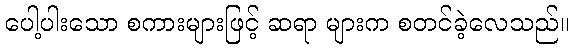
ပေါ့ပါးသော စကားများဖြင့် ဆရာ များက စတင်ခဲ့လေသည်။